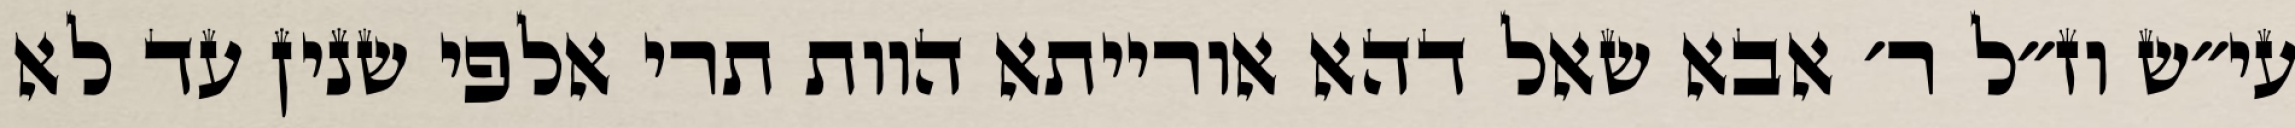
עי״ש וז״ל ר׳ אבא שאל דהא אורייתא הוות תרי אלפי שנין עד לא